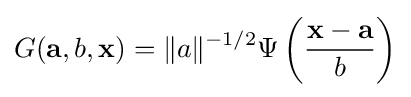
G(\mathbf {a} ,b,\mathbf {x} )=\|a\|^{-1/2}\Psi \left({\frac {\mathbf {x} -\mathbf {a} }{b}}\right)